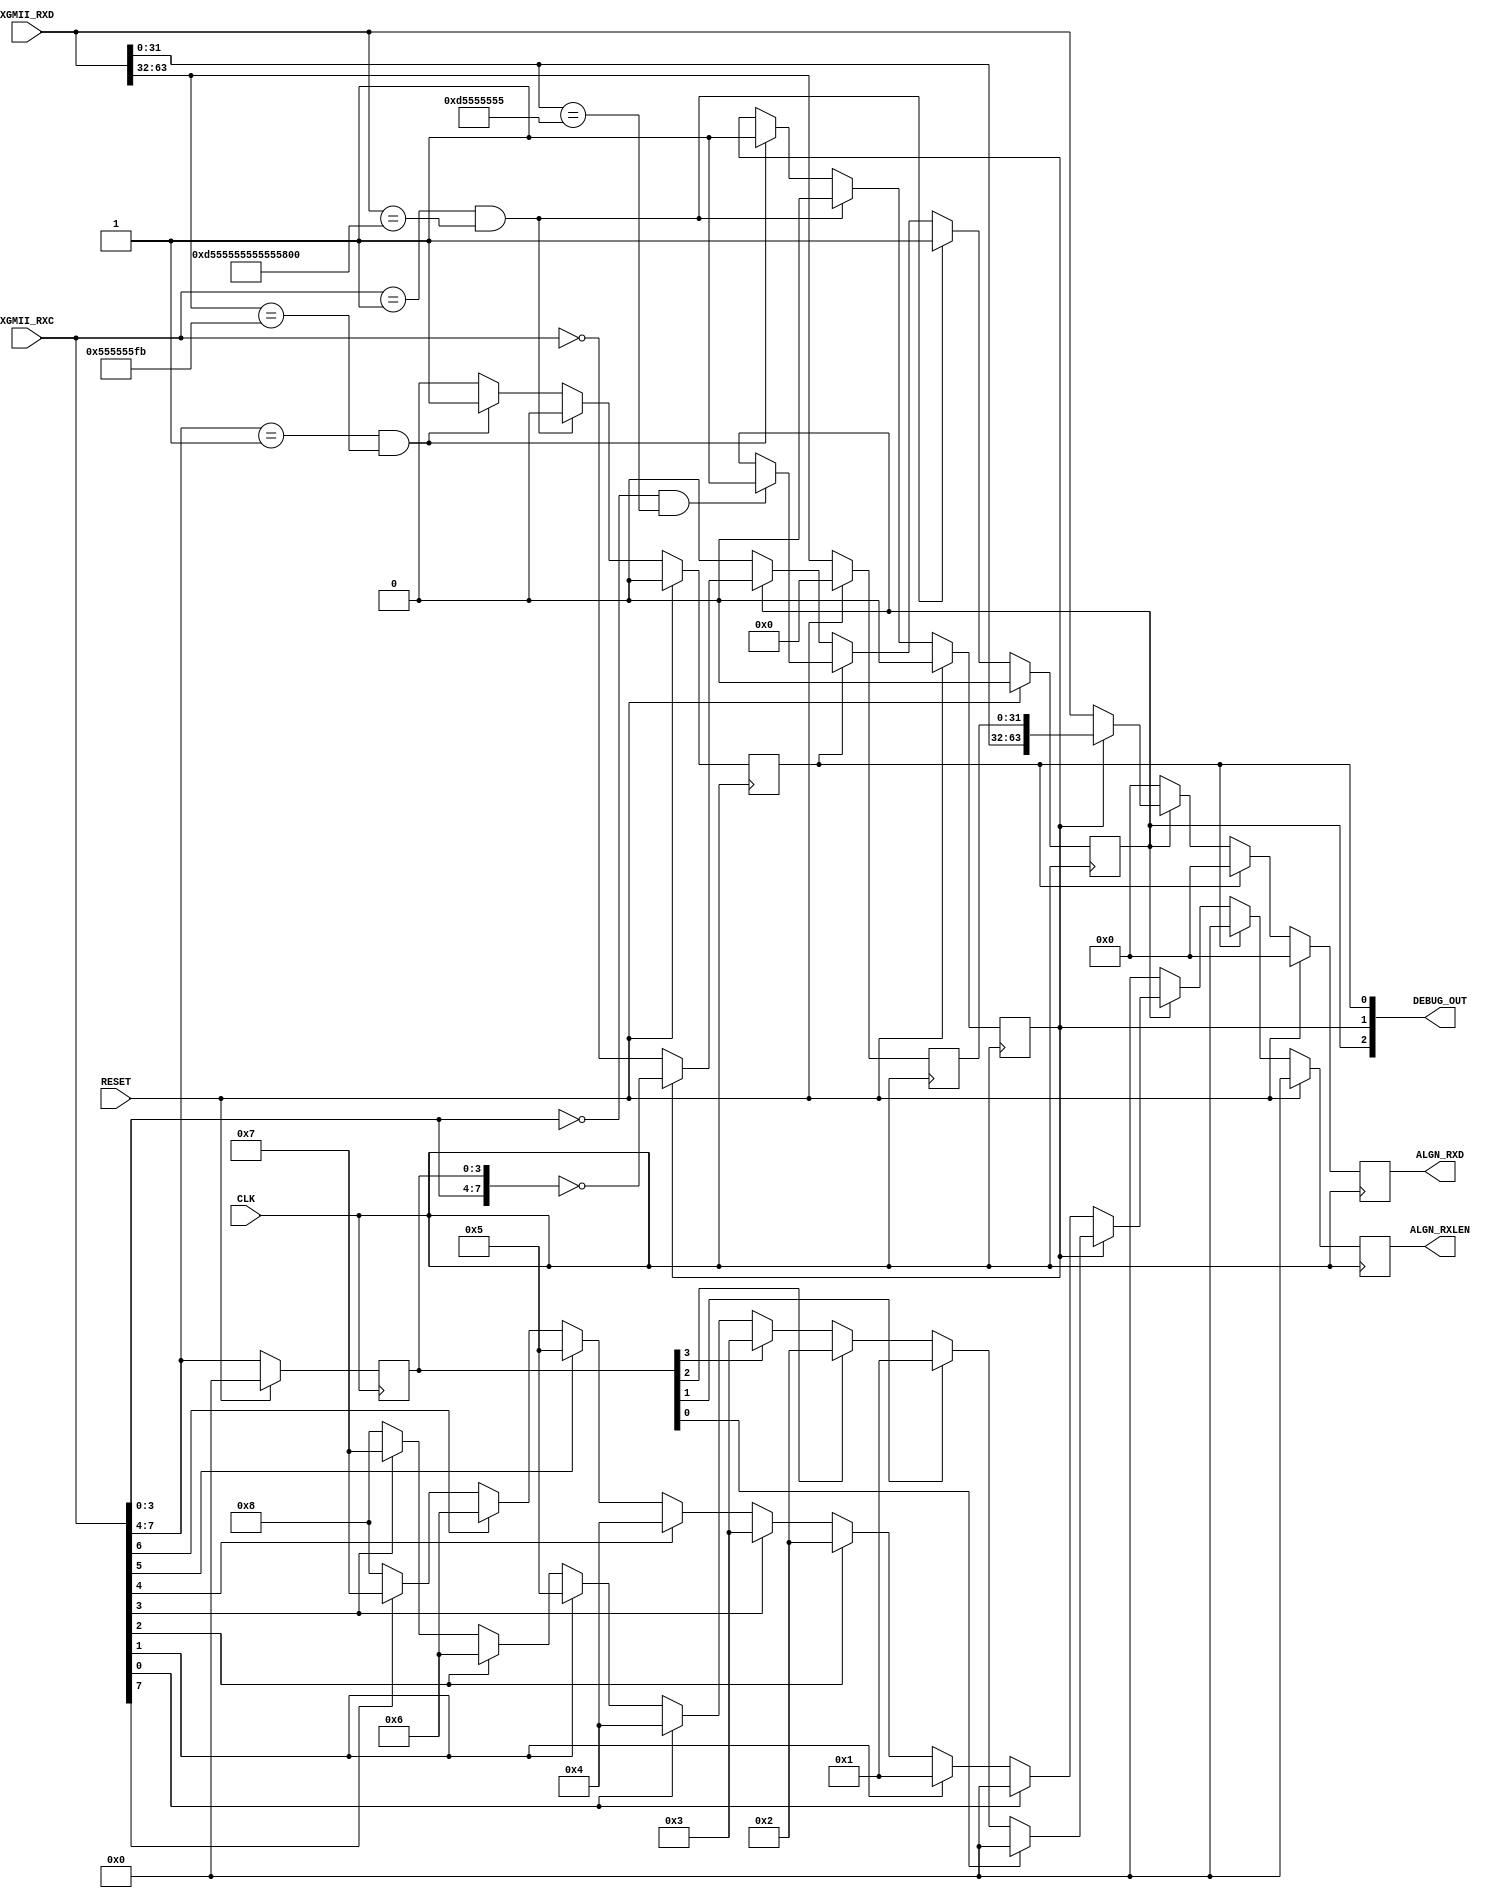

// Copyright (C) Akira Higuchi  ( https://github.com/ahiguti )
// Copyright (C) DeNA Co.,Ltd. ( https://dena.com )
// All rights reserved.
// See COPYRIGHT.txt for details

module xgmii_rx_align(
input CLK,
input RESET,
input [7:0] XGMII_RXC,
input [63:0] XGMII_RXD,
output [3:0] ALGN_RXLEN,
output [63:0] ALGN_RXD,
output [2:0] DEBUG_OUT
);

reg out_frame;
reg half_delay;
reg first_half_delay;
reg [31:0] half_rxd;
reg [3:0] half_rxc;
reg [63:0] algn_rxd;
reg [3:0] algn_rxlen;

wire [7:0] xgmii_rxc = XGMII_RXC;
wire [63:0] xgmii_rxd = XGMII_RXD;

function [3:0] calc_rxlen(input [7:0] rxc);
begin
    if      (rxc[0] == 1) calc_rxlen = 0;
    else if (rxc[1] == 1) calc_rxlen = 1;
    else if (rxc[2] == 1) calc_rxlen = 2;
    else if (rxc[3] == 1) calc_rxlen = 3;
    else if (rxc[4] == 1) calc_rxlen = 4;
    else if (rxc[5] == 1) calc_rxlen = 5;
    else if (rxc[6] == 1) calc_rxlen = 6;
    else if (rxc[7] == 1) calc_rxlen = 7;
    else calc_rxlen = 8;
end
endfunction

assign ALGN_RXLEN = algn_rxlen;
assign ALGN_RXD = algn_rxd;
assign DEBUG_OUT = { out_frame, half_delay, first_half_delay };

always @(posedge CLK) begin
    if (RESET) begin
        out_frame <= 0;
        half_delay <= 0;
        first_half_delay <= 0;
        algn_rxd <= 0;
        algn_rxlen <= 0;
        half_rxc <= 0;
        half_rxd <= 0;
    end else begin
        if (first_half_delay) begin
            // 4byteSFD
            // 4byte
            algn_rxd <= 0;
            algn_rxlen <= 0;
            if (xgmii_rxc[3:0] == 0 && xgmii_rxd[31:0] == 32'hd5555555) begin
                out_frame <= 1;
            end
        end else if (!out_frame) begin
            // 
            algn_rxd <= 0;
            algn_rxlen <= 0;
        end else if (half_delay) begin
            // 4byte4byte
            algn_rxd <= { xgmii_rxd[31:0], half_rxd[31:0] };
            algn_rxlen <= calc_rxlen({ xgmii_rxc[3:0], half_rxc[3:0] });
            out_frame <= ({ xgmii_rxc[3:0], half_rxc[3:0] } == 0);
        end else begin
            // 8byte
            algn_rxd <= xgmii_rxd;
            algn_rxlen <= calc_rxlen(xgmii_rxc);
            out_frame <= (xgmii_rxc == 0);
        end
        first_half_delay <= 0;
        half_rxd <= xgmii_rxd[63:32];
        half_rxc <= xgmii_rxc[7:4];
        if ((xgmii_rxc[7:0] == 8'b00000001) &&
            (xgmii_rxd[63:0] == 64'hd5555555555555fb)) begin
            // 8byteSFD
            half_delay <= 0;
            out_frame <= 1;
        end else if (xgmii_rxc[7:4] == 4'b0001 &&
            xgmii_rxd[63:32] == 32'h555555fb) begin
            // 4byte
            half_delay <= 1;
            first_half_delay <= 1; // 4byteSFD
        end
    end
end

endmodule